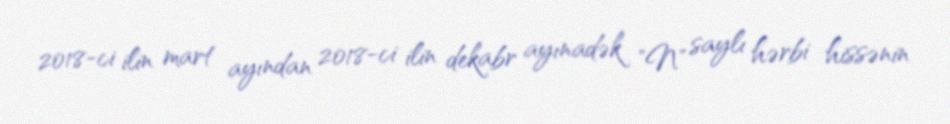
2018-ci ilin mart ayından 2018-ci ilin dekabr ayınadək "N" saylı hərbi hissənin